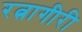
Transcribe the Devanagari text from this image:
रत्नागीरी